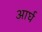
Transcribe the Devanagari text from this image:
आर्घ